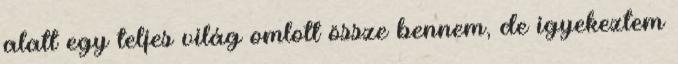
alatt egy teljes világ omlott össze bennem, de igyekeztem